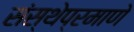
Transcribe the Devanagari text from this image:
संस्थेप्रमाणे